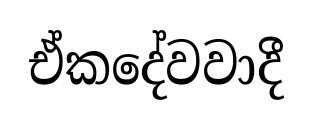
ඒකදේවවාදී